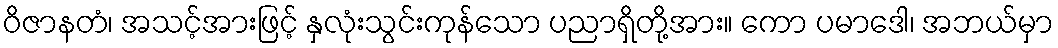
ဝိဇာနတံ၊ အသင့်အားဖြင့် နှလုံးသွင်းကုန်သော ပညာရှိတို့အား။ ကော ပမာဒေါ၊ အဘယ်မှာ